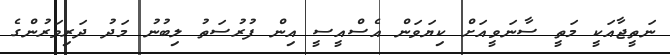
ނަތީޖާއަކީ މަތީ ސާނަވީއަށް ކިޔަވަން އެސްއީސީ އިން ފުރުސަތު ލިބުނު މަދު ދަރިވަރުންގެ